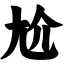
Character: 尬